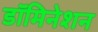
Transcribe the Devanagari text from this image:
डॉमिनेशन